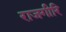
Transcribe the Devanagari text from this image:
राजगीरि